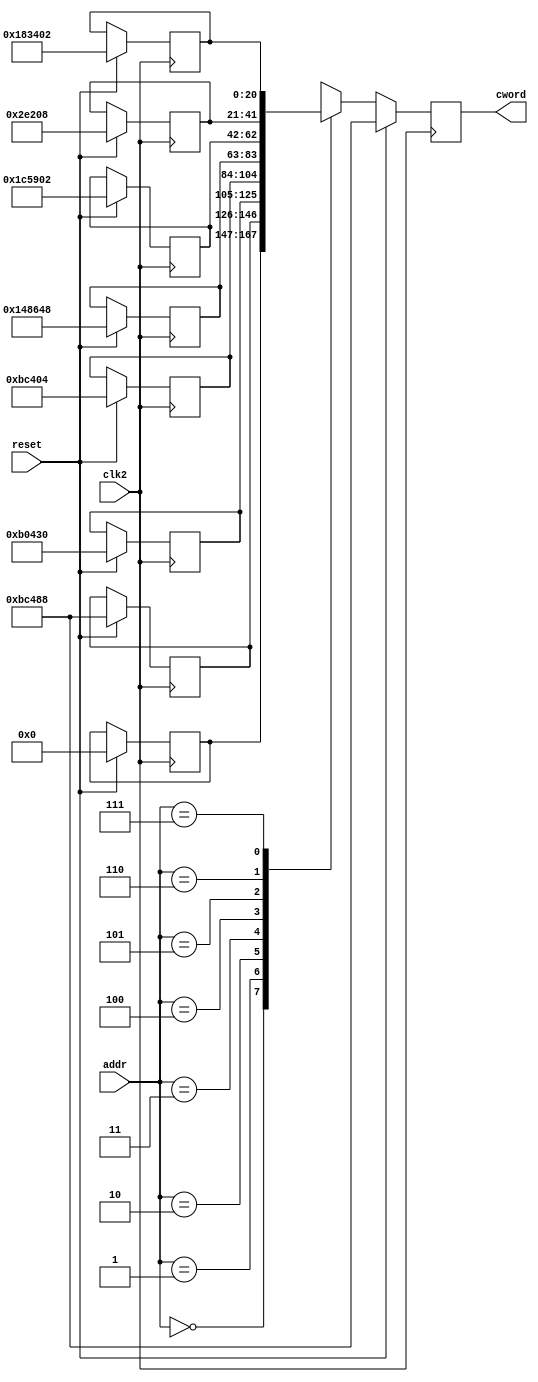
module creg(cword,addr,clk2,reset);
output reg [20:0]cword;
input [2:0]addr;
input clk2,reset;
reg [20:0]mem[7:0];

always @(posedge clk2)//P4
begin
if(reset)
begin
mem[0]=21'b00_00_0_00_00_00_00_00_0_00_000;
mem[1]=21'b01_01_1_11_00_01_00_10_0_01_000;
mem[2]=21'b01_01_1_00_00_01_00_00_1_10_000;
mem[3]=21'b01_01_1_11_00_01_00_00_0_00_100;
mem[4]=21'b10_10_0_10_00_01_10_01_0_01_000;
mem[5]=21'b11_10_0_01_01_10_01_00_0_00_010;
mem[6]=21'b00_01_0_11_10_00_10_00_0_01_000;
mem[7]=21'b11_00_0_00_11_01_00_00_0_00_010;
cword=mem[1];
end
else
cword=mem[addr];
end

endmodule